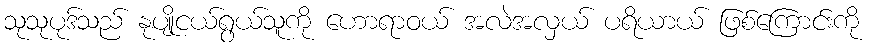
သုသုပုဒ်သည် နုပျိုငယ်ရွယ်သူကို ဟောရာဝယ် အလဲအလှယ် ပရိယာယ် ဖြစ်ကြောင်းကို